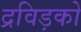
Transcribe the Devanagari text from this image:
द्रविड़को